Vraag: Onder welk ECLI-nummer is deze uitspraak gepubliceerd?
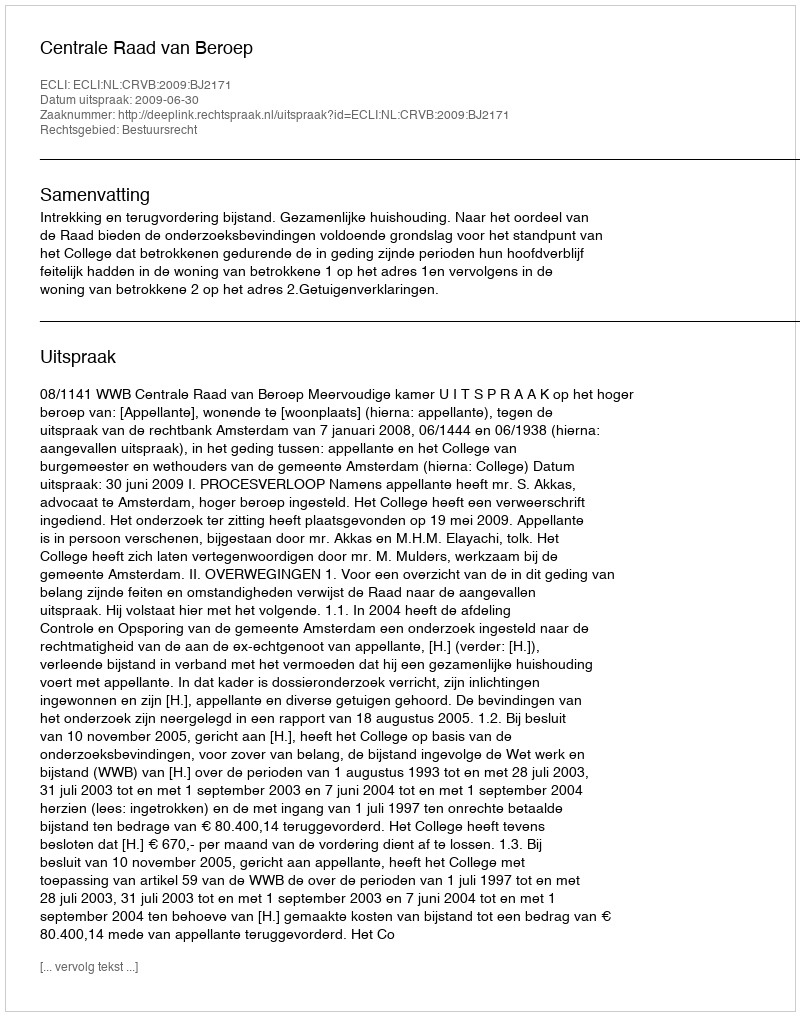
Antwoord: ECLI:NL:CRVB:2009:BJ2171